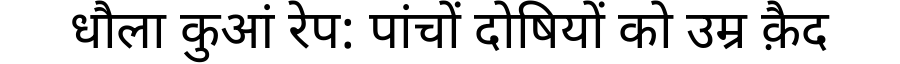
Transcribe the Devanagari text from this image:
धौला कुआं रेप: पांचों दोषियों को उम्र क़ैद